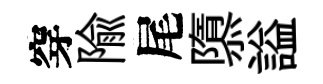
穿隃尾隳謚